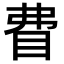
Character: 𥄱